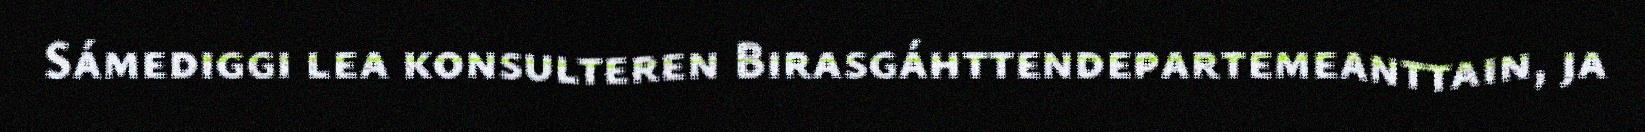
Sámediggi lea konsulteren Birasgáhttendepartemeanttain, ja